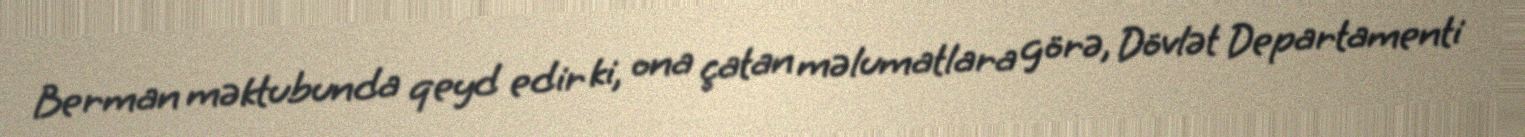
Berman məktubunda qeyd edir ki, ona çatan məlumatlara görə, Dövlət Departamenti